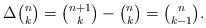
LaTeX: \begin{align*} \textstyle \Delta \binom{n}{k}=\binom{n+1}{k}-\binom{n}{k} = \binom{n}{k-1}.\end{align*}